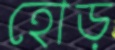
হোড়